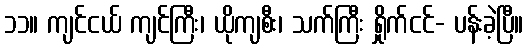
၁၁။ ကျင်ငယ် ကျင်ကြီး၊ ယိုကျစီး၊ သက်ကြီး ရှိုက်ငင်- ပန်းခဲ့ပြီ။